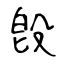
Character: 𣪘